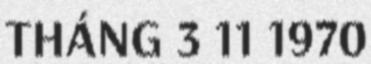
THÁNG 3 11 1970